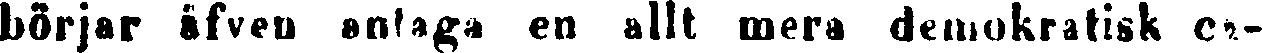
börjar äfven antaga en allt mera demokratisk ca-